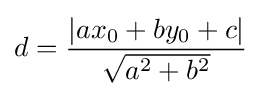
d={\frac {|ax_{0}+by_{0}+c|}{\sqrt {a^{2}+b^{2}}}}